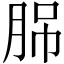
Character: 𦛉